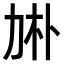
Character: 𠡙